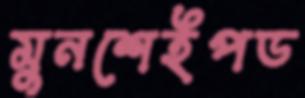
মুনশেইপড